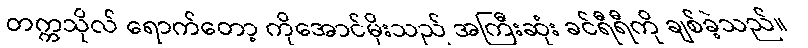
တက္ကသိုလ် ရောက်တော့ ကိုအောင်မိုးသည် အကြီးဆုံး ခင်ရီရီကို ချစ်ခဲ့သည်။